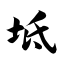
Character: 坻